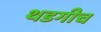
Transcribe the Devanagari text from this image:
थडगीच